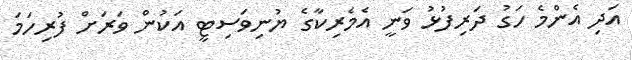
އަދި އެންމެ ހަގު ދަރިފުޅު ވަނީ އެމެރިކާގެ ޔުނިވަސިޓީ އަކުން ވަރަށް ފުރިހަމަ